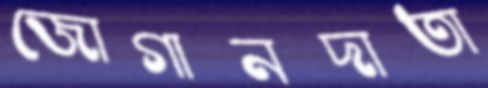
জোগানদাতা